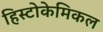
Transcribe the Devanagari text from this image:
हिस्टोकेमिकल